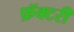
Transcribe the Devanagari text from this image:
फ़ॅक्टरी